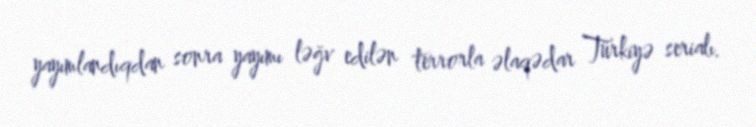
yayımlandıqdan sonra yayımı ləğv edilən terrorla əlaqədar Türkiyə serialı.